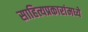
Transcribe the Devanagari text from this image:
साहित्यप्रकारांमध्ये